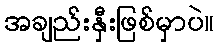
အချည်းနှီးဖြစ်မှာပဲ။